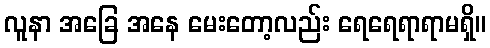
လူနာ အခြေ အနေ မေးတော့လည်း ရေရေရာရာမရှိ။